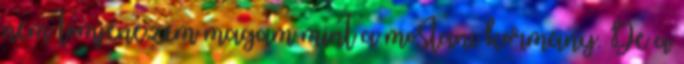
nem tömjénezem magam mint a mostani kormány. De a